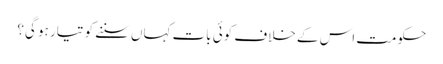
حکومت اس کے خلاف کوئی بات کہاں سننے کو تیار ہو گی؟